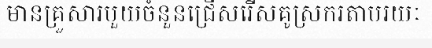
មានគ្រួសារមួយចំនួនជ្រើសរើសគូស្រករតាមរយៈ